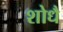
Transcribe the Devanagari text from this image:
शोधै